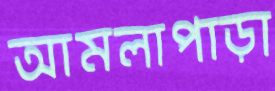
আমলাপাড়া